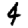
Digit: 4